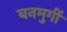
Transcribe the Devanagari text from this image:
बनमुर्गी